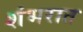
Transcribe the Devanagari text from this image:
शंभरात